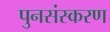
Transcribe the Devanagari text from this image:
पुनसंस्करण